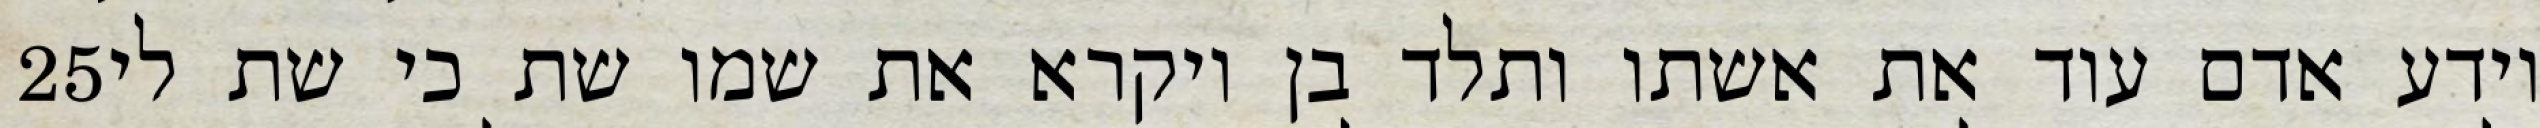
‎25‏ וידע אדם עוד את אשתו ותלד בן ויקרא את שמו שת כי שת לי